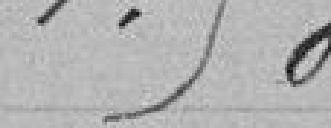
1.50